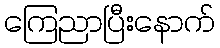
ကြေညာပြီးနောက်